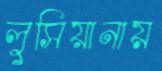
লুসিয়ানায়